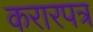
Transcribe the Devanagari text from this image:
करारपत्र